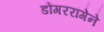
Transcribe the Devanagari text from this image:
डोंगररांगेने